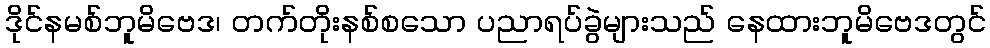
ဒိုင်နမစ်ဘူမိဗေဒ၊ တက်တိုးနစ်စသော ပညာရပ်ခွဲများသည် နေထားဘူမိဗေဒတွင်